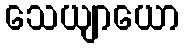
သေယျာယော